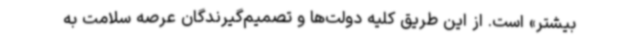
بیشتر» است. از این طریق کلیه دولت‌ها و تصمیم‌گیرندگان عرصه سلامت به